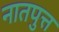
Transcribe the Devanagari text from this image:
नातपुत्त